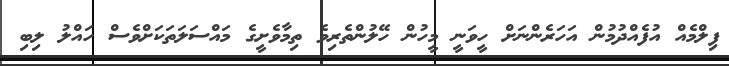
ފިލްމެއް އުފެއްދުމުން އަހަރެންނަށް ހީވަނީ މީހުން ހޭލުންތެރިވެ ތިމާވެށީގެ މައްސަލަތަކަށްވެސް ހައްލު ލިބި